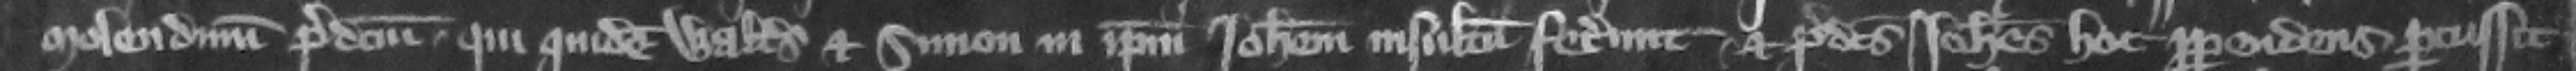
molendinum predictum. qui quidem Walterus et Simon in ipsum Iohannem insultum fecerunt et predictus Iohannes hoc perpendens percussit